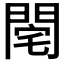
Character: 𨴥